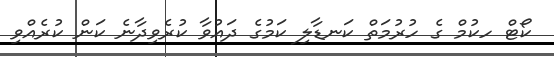
ކޯޓް ހކުމް ގެ ހުރުމަތް ކަނޑާލި ކަމުގެ ދައުވާ ކުރެވިދާނެ ކަން ކުރެއްވި